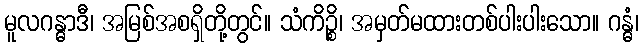
မူလဂန္ဓာဒီ၊ အမြစ်အစရှိတို့တွင်။ သံကိဉ္စိ၊ အမှတ်မထားတစ်ပါးပါးသော။ ဂန္ဓံ၊